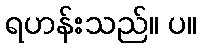
ရဟန်းသည်။ ပ။